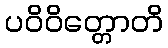
ပဝိဝိတ္တောတိ